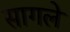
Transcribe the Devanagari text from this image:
सागले